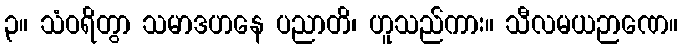
၃။ သံဝရိတွာ သမာဒဟနေ ပညာတိ၊ ဟူသည်ကား။ သီလမယဉာဏေ။